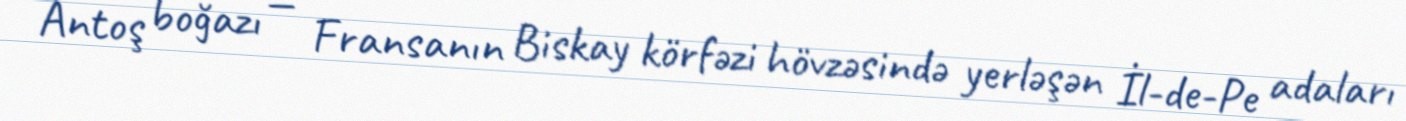
Antoş boğazı — Fransanın Biskay körfəzi hövzəsində yerləşən İl-de-Pe adaları